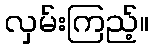
လှမ်းကြည့်။